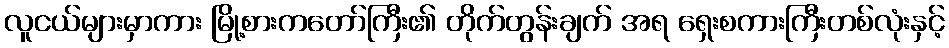
လူငယ်များမှာကား မြို့စားကတော်ကြီး၏ တိုက်တွန်းချက် အရ ရှေးစကားကြီးတစ်လုံးနှင့်